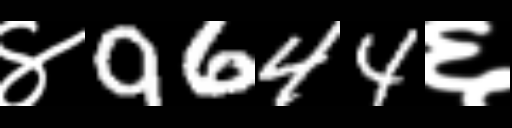
Text: ४9644६